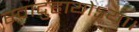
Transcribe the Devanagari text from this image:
स्वादुहायोऽया।